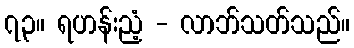
၇၃။ ရဟန်းညံ့ - လာဘ်သတ်သည်။